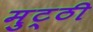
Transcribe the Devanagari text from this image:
मुट्‌ठी